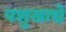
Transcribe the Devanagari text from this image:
पशुखाद्ये